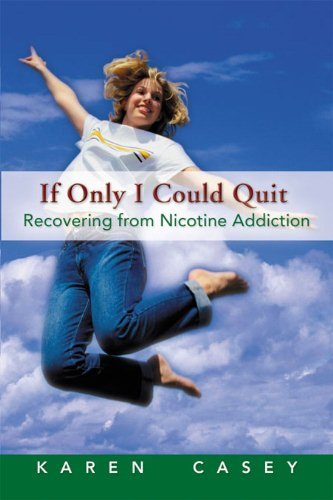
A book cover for If Only I Could Quit: Recovering From Nicotine Addiction; Karen Casey; Health, Fitness & Dieting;